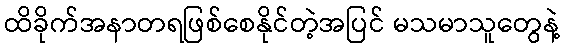
ထိခိုက်အနာတရဖြစ်စေနိုင်တဲ့အပြင် မသမာသူတွေနဲ့